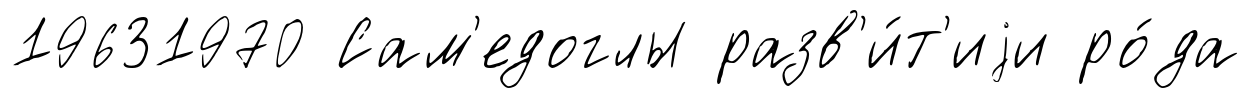
19631970 Сам'едоглы разв'и́т'иjи ро́да